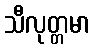
သီလုတ္တမာ